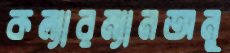
কল্যারম্যানঅনু